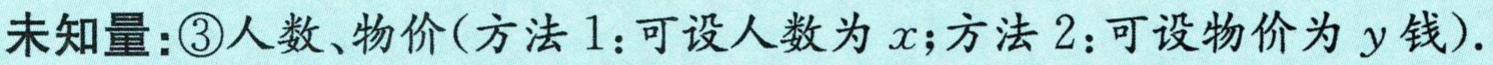
未知量：\textcircled{3}人数、物价(方法1：可设人数为\(x\)；方法2：可设物价为\(y\)钱).